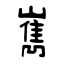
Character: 嶲